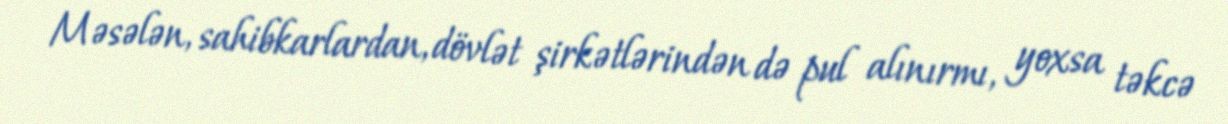
Məsələn, sahibkarlardan, dövlət şirkətlərindən də pul alınırmı, yoxsa təkcə